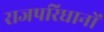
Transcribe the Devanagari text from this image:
राजपरिधानों